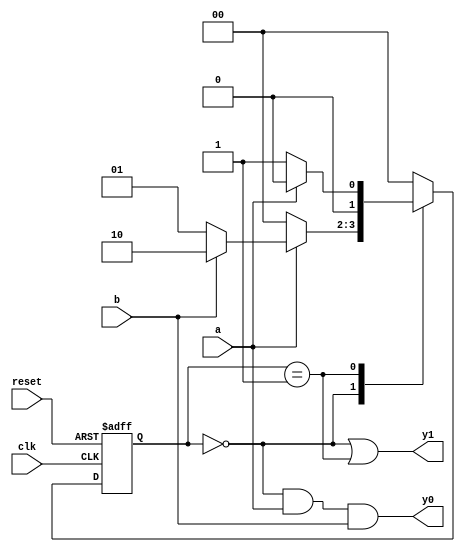
`timescale 1ns / 1ps
//////////////////////////////////////////////////////////////////////////////////
// Company: 
// Engineer: 
// 
// Design Name: 
// Module Name: fsm_eg_mult_seg
// Project Name: 
// Target Devices: 
// Tool Versions: 
// Description: 
// 
// Dependencies: 
// 
// Revision:
// Revision 0.01 - File Created
// Additional Comments:
// 
//////////////////////////////////////////////////////////////////////////////////


module fsm_eg_mult_seg
(
input clk,reset,
input a,b,
output y0,y1
);
// 
localparam   s0 = 2'b00,
s1 = 2'b01,
s2 = 2'b10;
//
reg [1:0]  state_reg , state_next;
// 
always @ (posedge clk , posedge reset )
if ( reset )
state_reg<= s0;
else
state_reg<= state_next ;
//  
always  @*
case ( state_reg )
 s0:  if ( a )
if ( b )
state_next = s2 ;
else
state_next = s1 ;
else
state_next = s0;
         s1:   if  ( a )
state_next = s0;
else
state_next = s1;
       s2:   state_next = s0;
default: state_next = s0;
endcase
   // Moore
assign  y1 = ( state_reg == s0 ) || ( state_reg == s1 ) ;
  // Mealy
assign  y0 = ( state_reg == s0 ) & a & b ;

endmodule